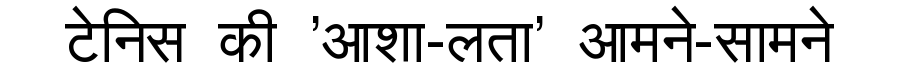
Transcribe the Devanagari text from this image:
टेनिस की 'आशा-लता' आमने-सामने